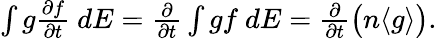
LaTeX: \begin{array}{r}{\int g\frac{\partial f}{\partial t}\ dE=\frac{\partial}{\partial t}\int gf\ dE=\frac{\partial}{\partial t}\big(n\langle g\rangle\big).}\end{array}